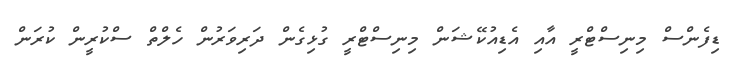
ޑިފެންސް މިނިސްޓްރީ އާއި އެޑިއުކޭޝަން މިނިސްޓްރީ ގުޅިގެން ދަރިވަރުން ހެލްތް ސްކުރީން ކުރަން